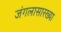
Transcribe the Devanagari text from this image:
जंगलासारख्या